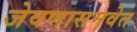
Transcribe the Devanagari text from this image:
जेवणासमवेत